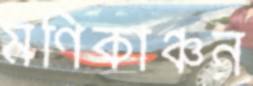
মণিকাঞ্চন